65_HS1-834228961_62-HQ-83894_Section_3
Agency: FBI
Page 115
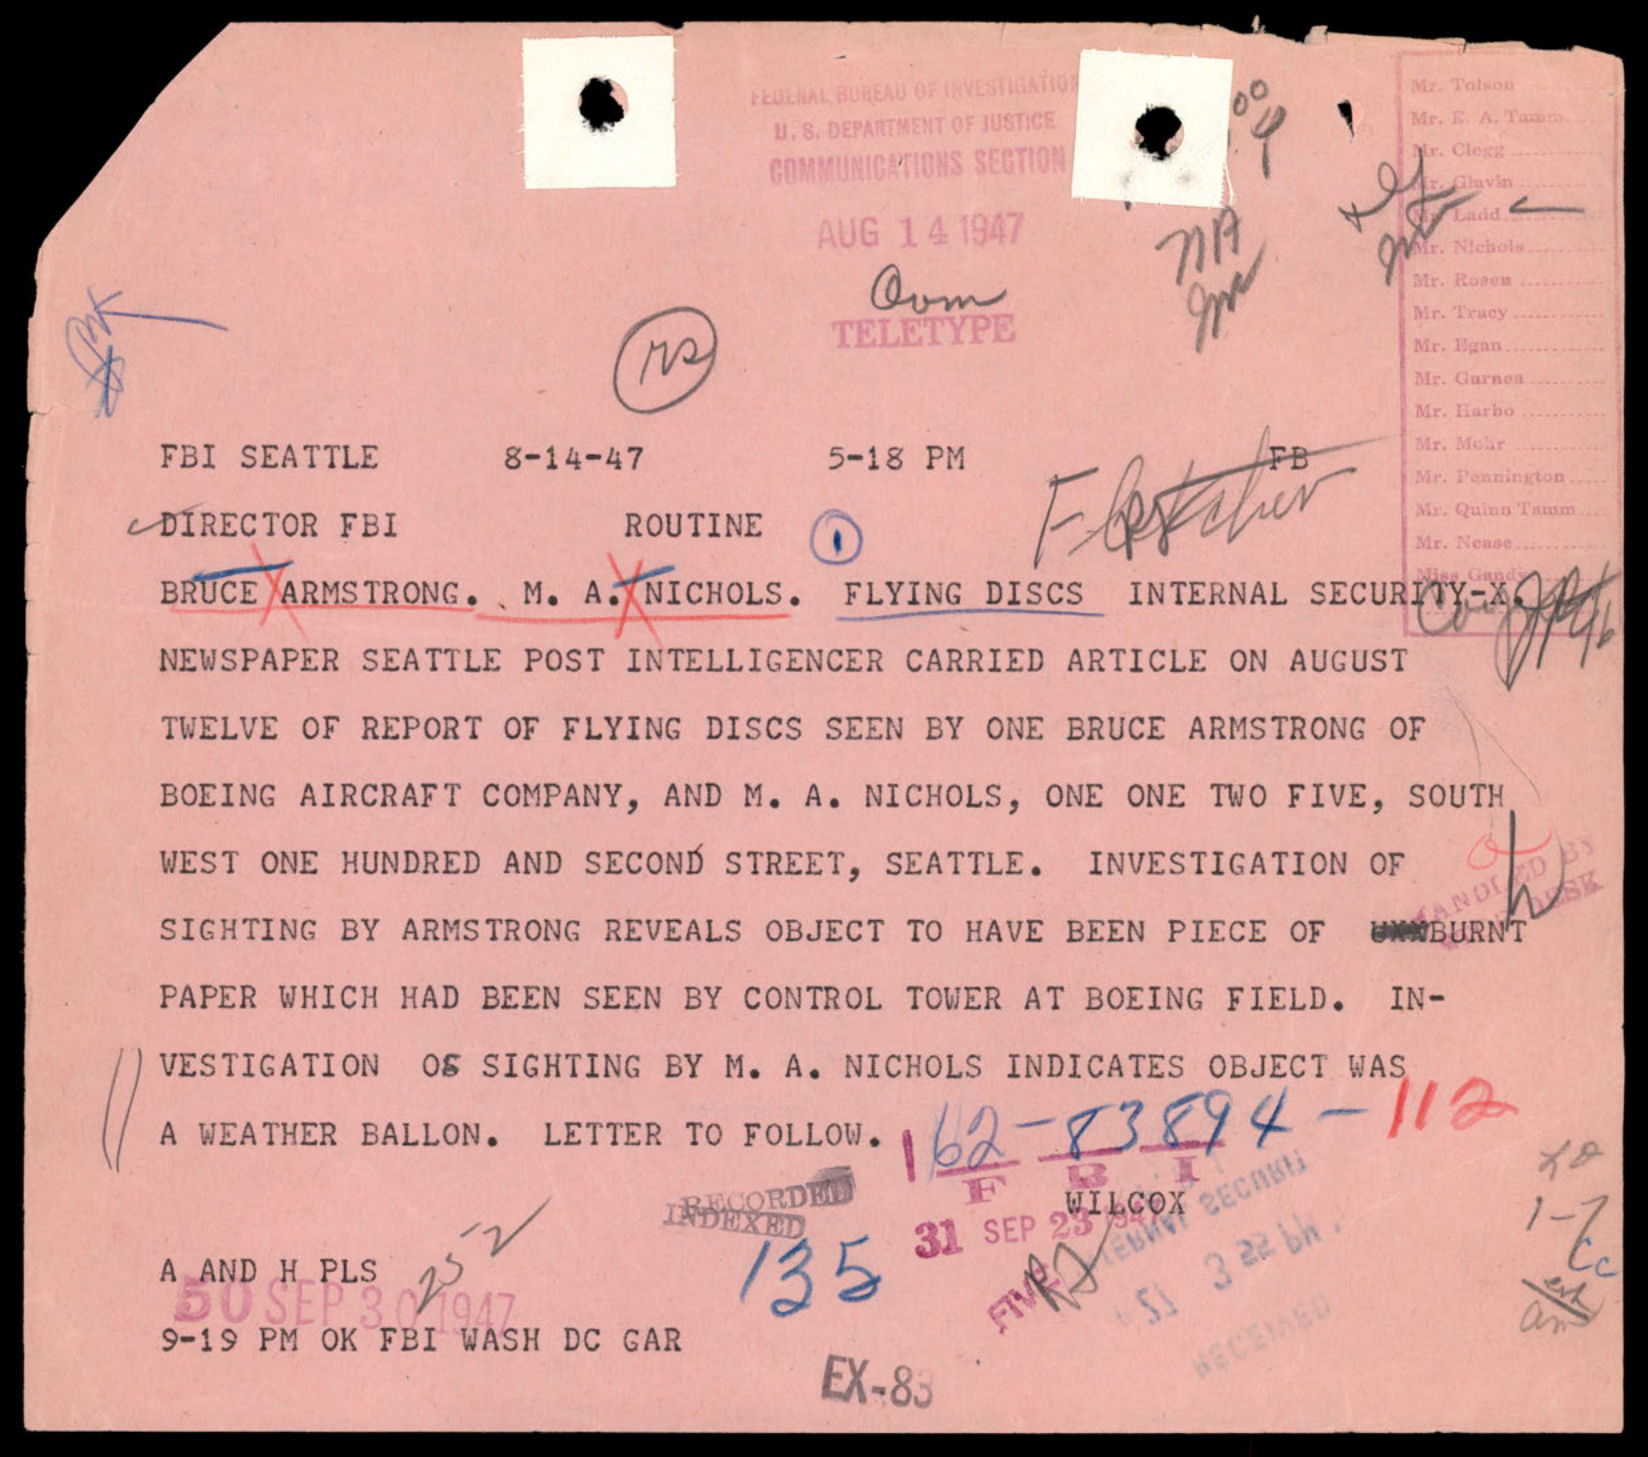